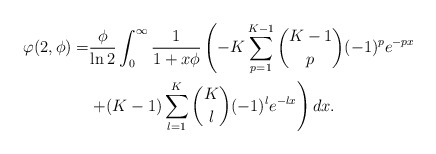
\begin{align*}\varphi(2,\phi)=&\frac{\phi}{\ln 2}\int^{\infty}_{0} \frac{1}{1+x\phi}\left(-K \sum^{K-1}_{p=1} {K-1 \choose p}(-1)^p e^{-px} \right. \\ &\left. + (K-1) \sum^{K}_{l=1}{K \choose l}(-1)^l e^{-lx} \right) dx.\end{align*}